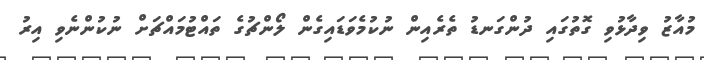
މުއާޒު ވިދާޅުވި ގޮތުގައި ދުންގަނޑު ތެރެއިން ނުކުމެވަޑައިގެން ލޯންޗުގެ ތައްޓުމައްޗަށް ނުކުންނެވި އިރު